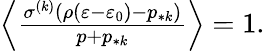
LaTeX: \begin{array}{r}{\Big\langle\frac{\sigma^{(k)}(\rho(\varepsilon-\varepsilon_{0})-p_{*k})}{p+p_{*k}}\Big\rangle=1.}\end{array}